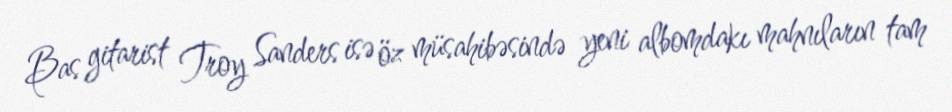
Bas gitarist Troy Sanders isə öz müsahibəsində yeni albomdakı mahnıların tam